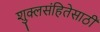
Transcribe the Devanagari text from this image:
शुक्लसंहितेसाठी